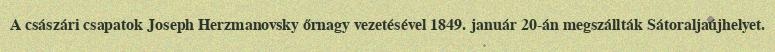
A császári csapatok Joseph Herzmanovsky őrnagy vezetésével 1849. január 20-án megszállták Sátoraljaújhelyet.